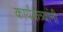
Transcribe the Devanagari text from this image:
कार्यकत्र्यांनी